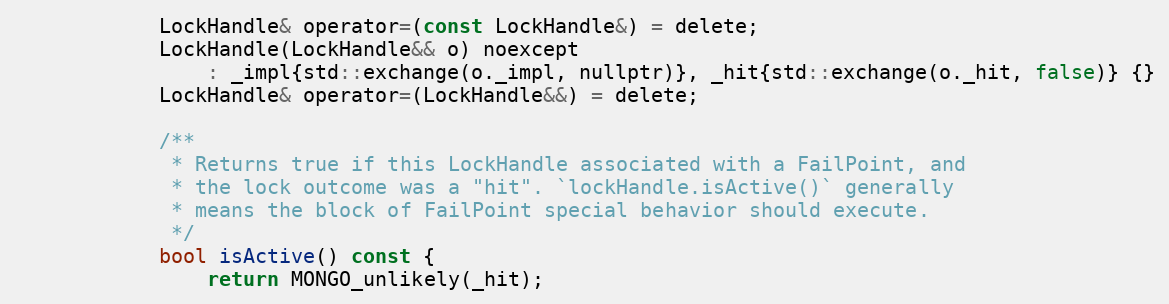
Language: C
            LockHandle& operator=(const LockHandle&) = delete;
            LockHandle(LockHandle&& o) noexcept
                : _impl{std::exchange(o._impl, nullptr)}, _hit{std::exchange(o._hit, false)} {}
            LockHandle& operator=(LockHandle&&) = delete;

            /**
             * Returns true if this LockHandle associated with a FailPoint, and
             * the lock outcome was a "hit". `lockHandle.isActive()` generally
             * means the block of FailPoint special behavior should execute.
             */
            bool isActive() const {
                return MONGO_unlikely(_hit);